Language: tamil
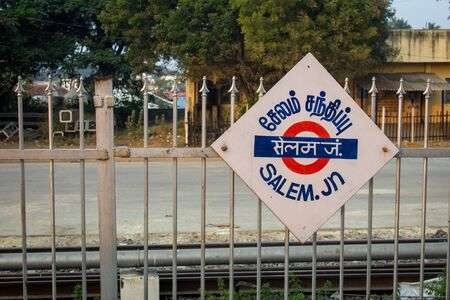
Transcription: சந்திப்பு சேலம்